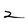
Character: 2